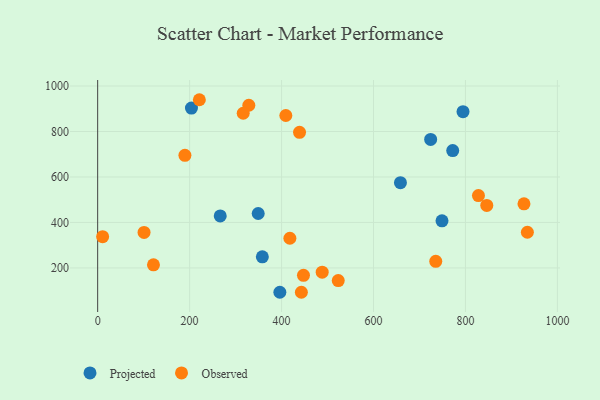
{"axis": {"x": "Engine Size", "y": "Sales"}, "legend": ["Observed", "Projected"], "data": [{"x": "772.3", "y": 715.9, "type": "Projected"}, {"x": "794.7", "y": 887.1, "type": "Projected"}, {"x": "724.3", "y": 765.3, "type": "Projected"}, {"x": "204.0", "y": 902.8, "type": "Projected"}, {"x": "658.6", "y": 575.1, "type": "Projected"}, {"x": "396.3", "y": 93.1, "type": "Projected"}, {"x": "749.0", "y": 407.1, "type": "Projected"}, {"x": "358.2", "y": 248.7, "type": "Projected"}, {"x": "349.2", "y": 439.4, "type": "Projected"}, {"x": "266.6", "y": 428.8, "type": "Projected"}, {"x": "828.3", "y": 518.1, "type": "Observed"}, {"x": "846.4", "y": 475.0, "type": "Observed"}, {"x": "409.3", "y": 870.4, "type": "Observed"}, {"x": "447.7", "y": 167.5, "type": "Observed"}, {"x": "189.8", "y": 695.0, "type": "Observed"}, {"x": "221.2", "y": 939.7, "type": "Observed"}, {"x": "121.4", "y": 213.5, "type": "Observed"}, {"x": "523.3", "y": 144.3, "type": "Observed"}, {"x": "439.1", "y": 796.4, "type": "Observed"}, {"x": "488.4", "y": 181.2, "type": "Observed"}, {"x": "443.1", "y": 93.0, "type": "Observed"}, {"x": "418.1", "y": 330.5, "type": "Observed"}, {"x": "927.3", "y": 481.8, "type": "Observed"}, {"x": "328.8", "y": 915.4, "type": "Observed"}, {"x": "316.6", "y": 880.2, "type": "Observed"}, {"x": "100.9", "y": 356.3, "type": "Observed"}, {"x": "934.7", "y": 357.0, "type": "Observed"}, {"x": "735.4", "y": 228.9, "type": "Observed"}, {"x": "10.8", "y": 337.6, "type": "Observed"}]}